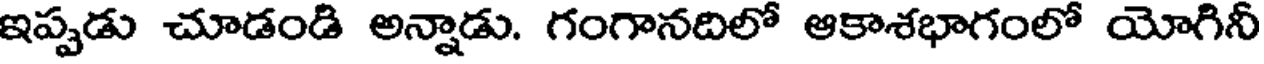
ఇప్పడు చూడండి అన్నాడు. గంగానదిలో ఆకాశభాగంలో యోగినీ